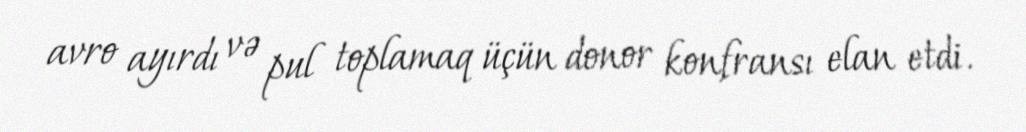
avro ayırdı və pul toplamaq üçün donor konfransı elan etdi.